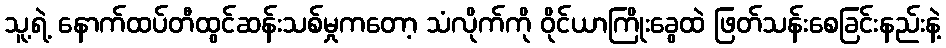
သူ့ရဲ့ နောက်ထပ်တီထွင်ဆန်းသစ်မှုကတော့ သံလိုက်ကို ဝိုင်ယာကြိုးခွေထဲ ဖြတ်သန်းစေခြင်းနည်းနဲ့